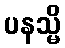
ပနသ္မိ